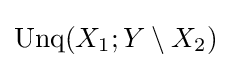
{\text{Unq}}(X_{1};Y\setminus X_{2})